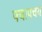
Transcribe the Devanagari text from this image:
पचापचय